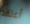
أعتقد